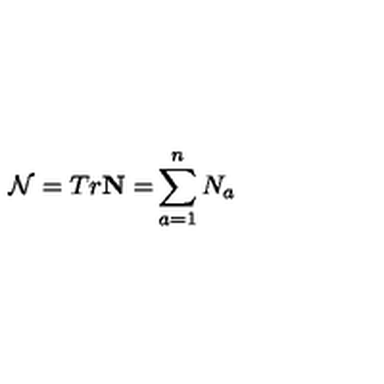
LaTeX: \mathcal { N } = T r \mathbf { N = } \sum _ { a = 1 } ^ { n } N _ { a }